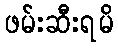
ဖမ်းဆီးရမိ